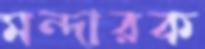
মন্দারক